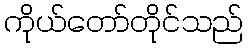
ကိုယ်တော်တိုင်သည်